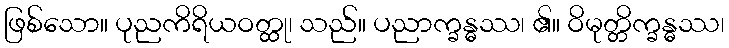
ဖြစ်သော။ ပုညကိရိယဝတ္ထု၊ သည်။ ပညာက္ခန္ဓဿ၊ ၏။ ဝိမုတ္တိက္ခန္ဓဿ၊